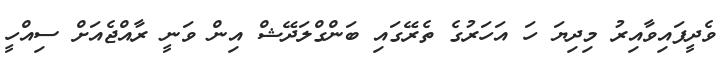
ވެދީފައިވާއިރު މިދިޔަ ހަ އަހަރުގެ ތެރޭގައި ބަންގްލަދޭޝް އިން ވަނީ ރާއްޖެއަށް ސިއްހީ